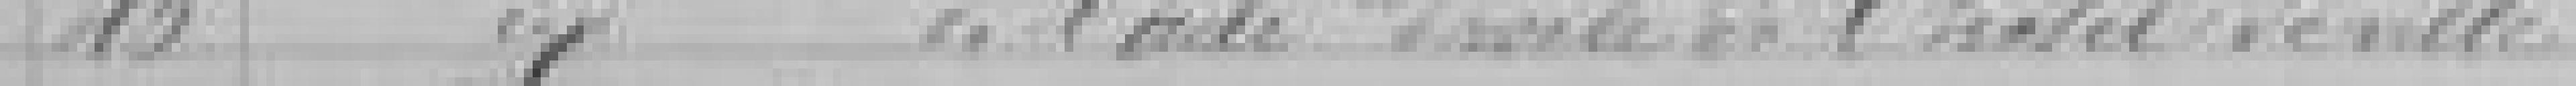
46. Reconstruction de l'aide droite de l'Hôtel de Ville